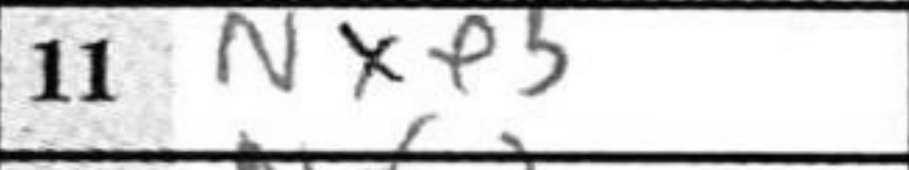
Transcription: Nxe5